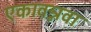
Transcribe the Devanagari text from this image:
एकावन्नवा